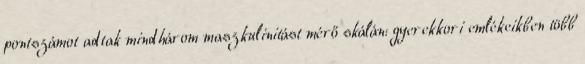
pontszámot adtak mindhárom maszkulinitást mérő skálán: gyerekkori emlékeikben több